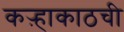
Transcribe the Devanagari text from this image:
कऱ्हाकाठची